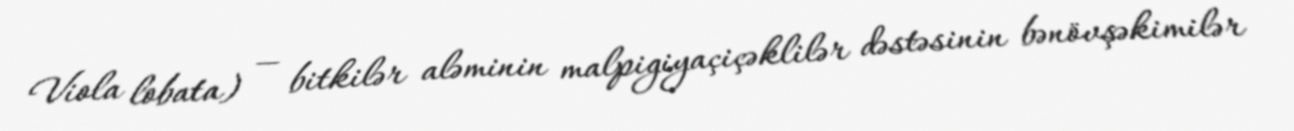
Viola lobata) — bitkilər aləminin malpigiyaçiçəklilər dəstəsinin bənövşəkimilər